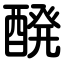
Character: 醗